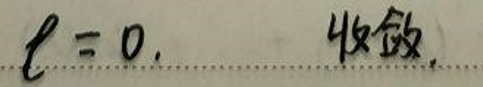
\(\ell = 0, \)收敛.